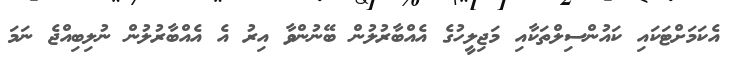
އެކަމަށްޓަކައި ކައުންސިލްތަކާއި މަޖިލީހުގެ އެއްބާރުލުން ބޭނުންވާ އިރު އެ އެއްބާރުލުން ނުލިބިއްޖެ ނަމަ